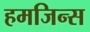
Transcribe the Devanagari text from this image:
हमजिन्स